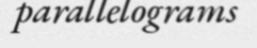
parallelograms